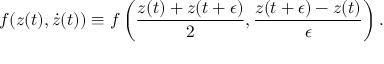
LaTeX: f ( z ( t ) , \dot { z } ( t ) ) \equiv f \left( { \frac { z ( t ) + z ( t + \epsilon ) } { 2 } } , { \frac { z ( t + \epsilon ) - z ( t ) } { \epsilon } } \right) .